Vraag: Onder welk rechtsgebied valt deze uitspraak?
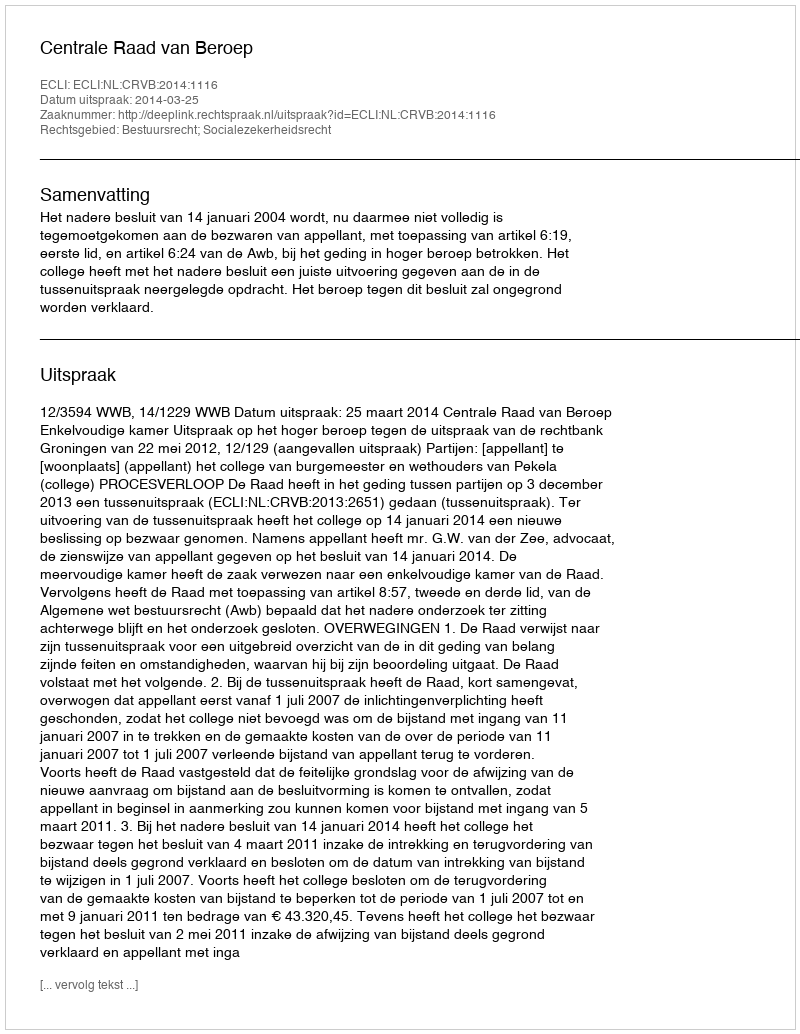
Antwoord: Bestuursrecht; Socialezekerheidsrecht